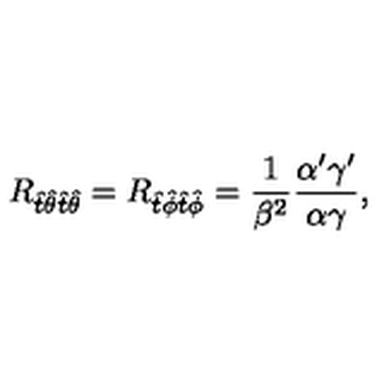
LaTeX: R _ { \hat { t } \hat { \theta } \hat { t } \hat { \theta } } = R _ { \hat { t } \hat { \phi } \hat { t } \hat { \phi } } = { \frac { 1 } { \beta ^ { 2 } } } \frac { \alpha ^ { \prime } \gamma ^ { \prime } } { \alpha \gamma } ,